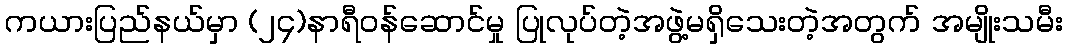
ကယားပြည်နယ်မှာ (၂၄)နာရီဝန်ဆောင်မှု ပြုလုပ်တဲ့အဖွဲ့မရှိသေးတဲ့အတွက် အမျိုးသမီး